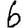
Digit: 6